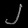
Digit: ၂